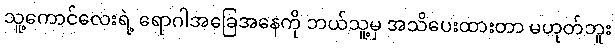
သူ့ကောင်လေးရဲ့ ရောဂါအခြေအနေကို ဘယ်သူ့မှ အသိပေးထားတာ မဟုတ်ဘူး